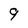
Character: 9